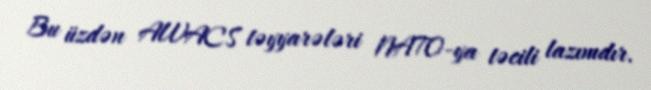
Bu üzdən AWACS təyyarələri NATO-ya təcili lazımdır.